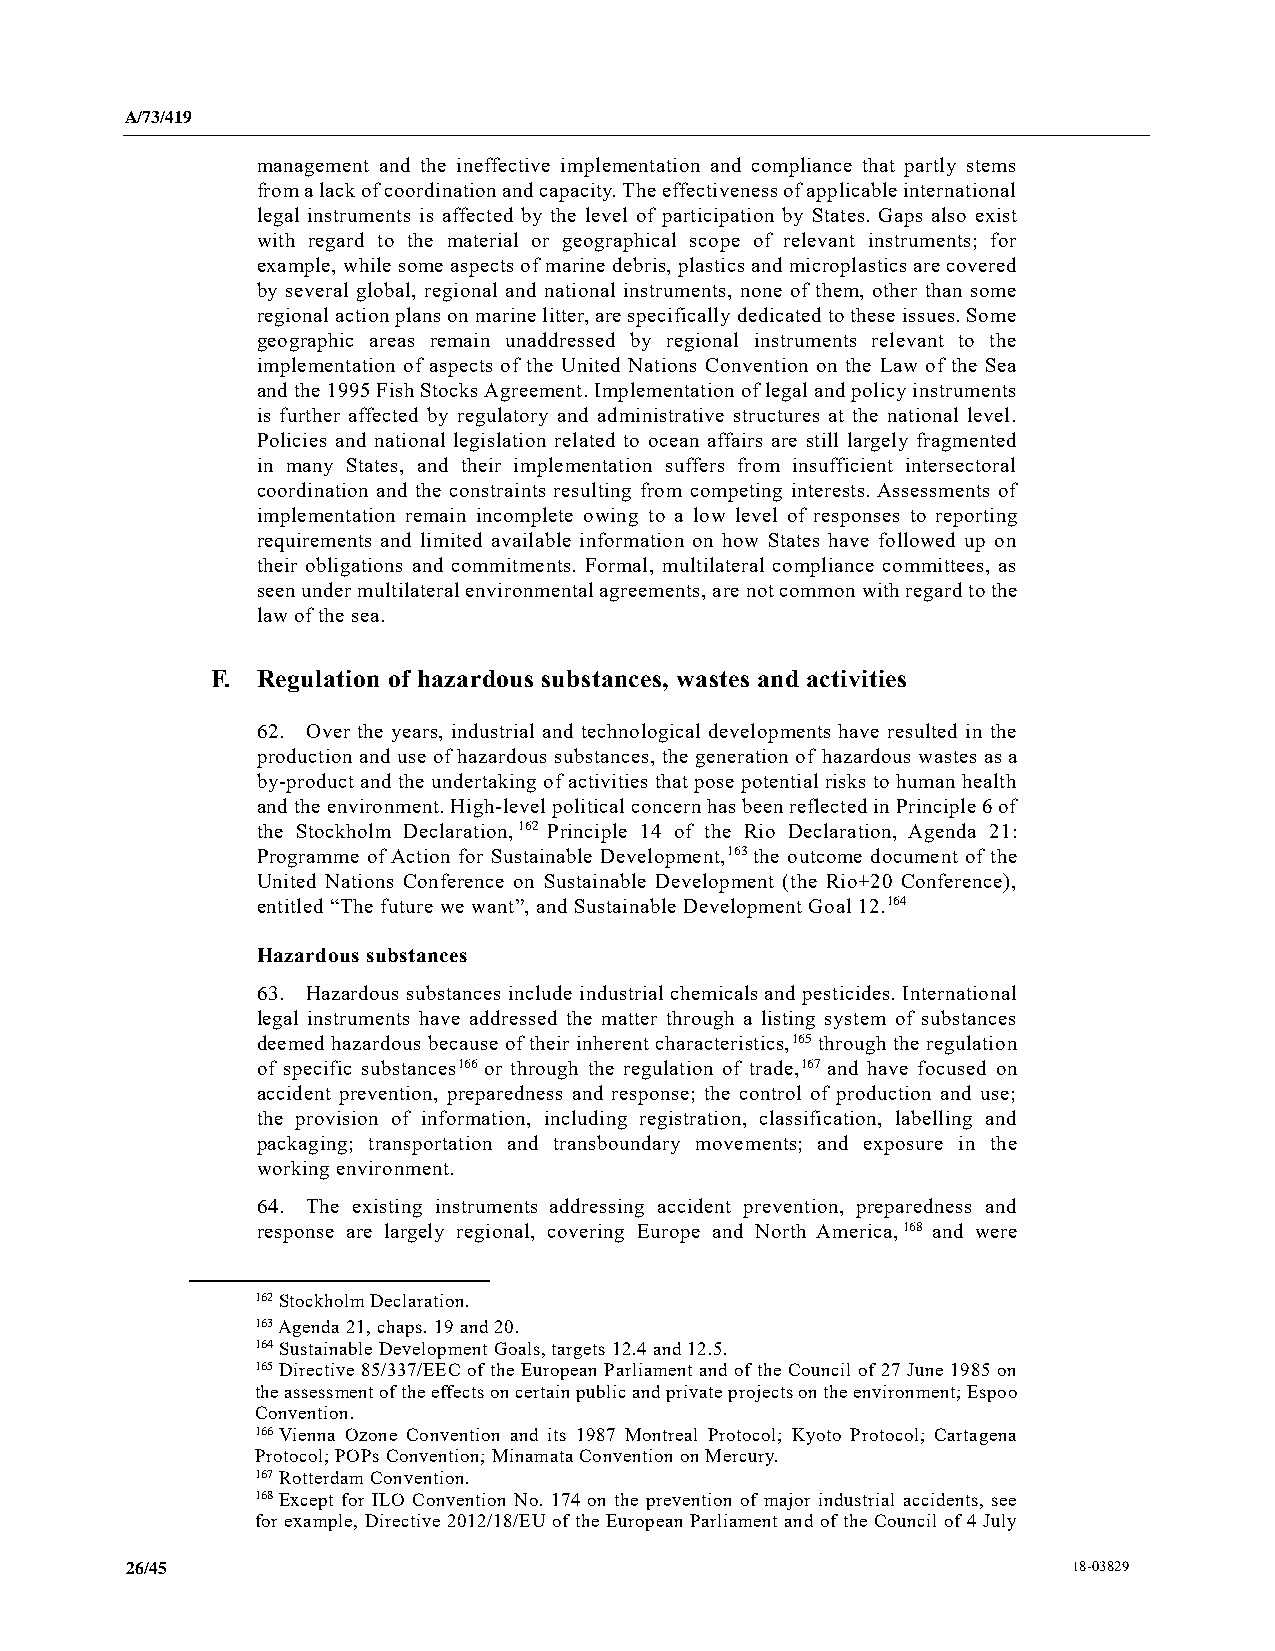
A/73/419
 management and the ineffective implementation and compliance that partly stems
 from a lack of coordination and capacity. The effectiveness of applicable international
 legal instruments is affected by the level of participation by States. Gaps also exist
 with regard to the material or geographical scope of relevant instruments; for
 example, while some aspects of marine debris, plastics and microplastics are covered
 by several global, regional and national instruments, none of them, other than some
 regional action plans on marine litter, are specifically dedicated to these issues. Some
 geographic areas remain unaddressed by regional instruments relevant to the
 implementation of aspects of the United Nations Convention on the Law of the Sea
 and the 1995 Fish Stocks Agreement. Implementation of legal and policy instruments
 is further affected by regulatory and administrative structures at the national level.
 Policies and national legislation related to ocean affairs are still largely fragmented
 in many States, and their implementation suffers from insufficient intersectoral
 coordination and the constraints resulting from competing interests. Assessments of
 implementation remain incomplete owing to a low level of responses to reporting
 requirements and limited available information on how States have followed up on
 their obligations and commitments. Formal, multilateral compliance committees, as
 seen under multilateral environmental agreements, are not common with regard to the
 law of the sea.
 F. Regulation of hazardous substances, wastes and activities
 62. Over the years, industrial and technological developments have resulted in the
 production and use of hazardous substances, the generation of hazardous wastes as a
 by-product and the undertaking of activities that pose potential risks to human health
 and the environment. High-level political concern has been reflected in Principle 6 of
 the Stockholm Declaration,162 Principle 14 of the Rio Declaration, Agenda 21:
 Programme of Action for Sustainable Development,163 the outcome document of the
 United Nations Conference on Sustainable Development (the Rio+20 Conference),
 entitled “The future we want”, and Sustainable Development Goal 12.164
 Hazardous substances
 63. Hazardous substances include industrial chemicals and pesticides. International
 legal instruments have addressed the matter through a listing system of substances
 deemed hazardous because of their inherent characteristics,165 through the regulation
 of specific substances166 or through the regulation of trade,167 and have focused on
 accident prevention, preparedness and response; the control of production and use;
 the provision of information, including registration, classification, labelling and
 packaging; transportation and transboundary movements; and exposure in the
 working environment.
 64. The existing instruments addressing accident prevention, preparedness and
 response are largely regional, covering Europe and North America,168 and were
 162 Stockholm Declaration.
 163 Agenda 21, chaps. 19 and 20.
 164 Sustainable Development Goals, targets 12.4 and 12.5.
 165 Directive 85/337/EEC of the European Parliament and of the Council of 27 June 1985 on
 the assessment of the effects on certain public and private projects on the environment; Espoo
 Convention.
 166 Vienna Ozone Convention and its 1987 Montreal Protocol; Kyoto Protocol; Cartagena
 Protocol; POPs Convention; Minamata Convention on Mercury.
 167 Rotterdam Convention.
 168 Except for ILO Convention No. 174 on the prevention of major industrial accidents, see
 for example, Directive 2012/18/EU of the European Parliament and of the Council of 4 July
 26/45                                                          18-03829